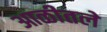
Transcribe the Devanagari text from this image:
आळीतले